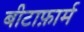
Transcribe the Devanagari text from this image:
बीटाफ़ार्म